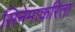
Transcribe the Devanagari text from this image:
सिनेमाकरिता